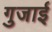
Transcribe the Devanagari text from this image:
गुजाई